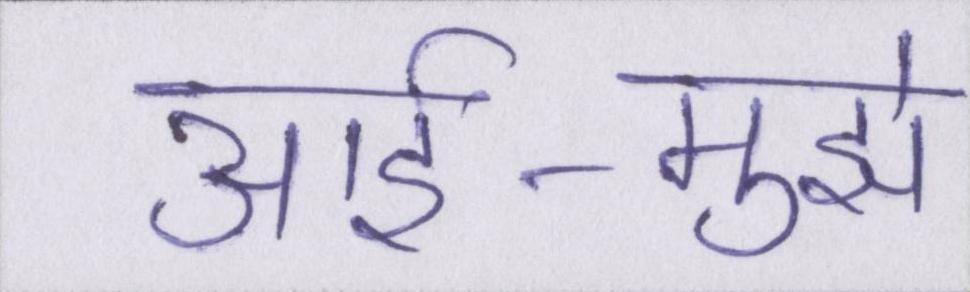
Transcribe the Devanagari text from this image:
आर्इ-मुझे